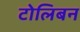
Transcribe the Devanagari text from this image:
टोलिबन